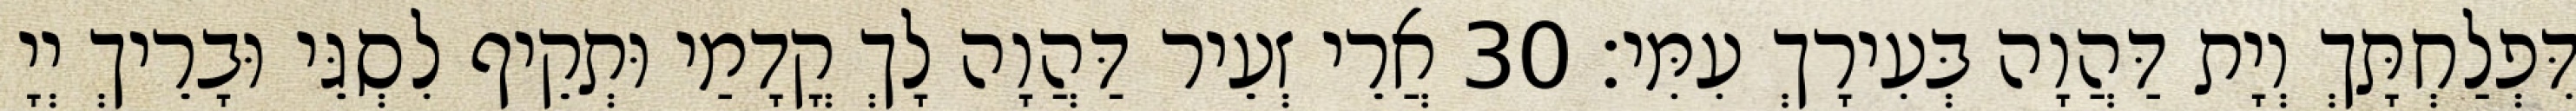
דִּפְלַחְתָּךְ וְיָת דַּהֲוָה בְּעִירָךְ עִמִּי׃ 30 אֲרֵי זְעֵיר דַּהֲוָה לָךְ קֳדָמַי וּתְקֵיף לִסְגֵּי וּבָרֵיךְ יְיָ